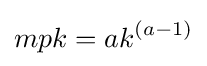
mpk=ak^{(a-1)}